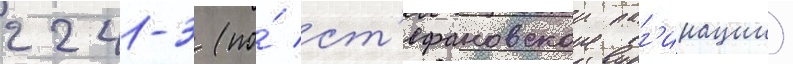
2241-3 (по́ ст'ефановскои паг'инации)